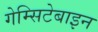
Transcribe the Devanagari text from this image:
गेम्सिटेबाइन